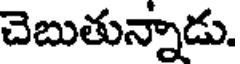
చెబుతున్నాడు.